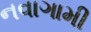
નવાગામી